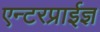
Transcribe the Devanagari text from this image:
एन्टरप्राईज्ञ